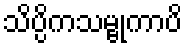
သိပ္ပိကသမ္ဗုကာပိ